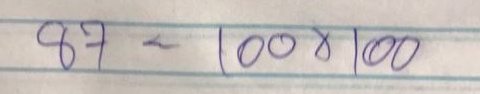
87 = 100x100